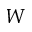
W